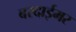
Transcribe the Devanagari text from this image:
बरदाईमर